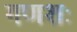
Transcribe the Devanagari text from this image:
गणशः